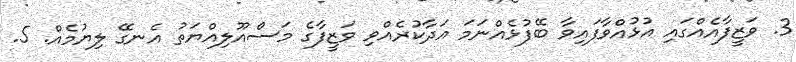
3. ވަޒީފާއެއްގައި އުޅުއްވާފައިވާ ބޭފުޅެއްނަމަ އަދާކުރެއްވި ވަޒީފާގެ މަސްއޫލިއްޔަތު އެނގޭ ލިޔުމެއް. 5.